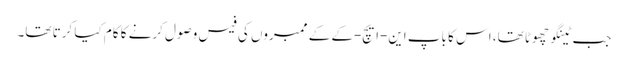
جب ٹینگو چھوٹا تھا، اس کا باپ این-ایچ-کے کے ممبروں کی فیس وصول کرنے کا کام کیا کرتا تھا۔